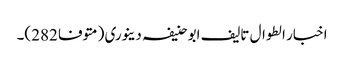
اخبار الطوال تالیف ابو حنیفہ دینوری (متوفا 282)۔